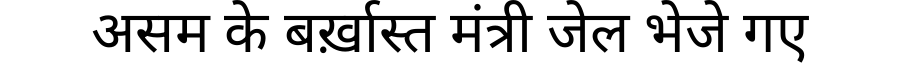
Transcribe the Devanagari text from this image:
असम के बर्ख़ास्त मंत्री जेल भेजे गए